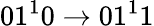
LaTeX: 01^{1}0\rightarrow 01^{1}1